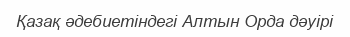
Қазақ әдебиетіндегі Алтын Орда дәуірі